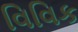
વિવિક